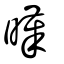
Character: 暵